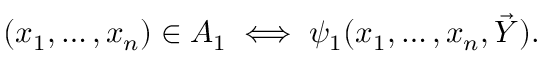
\begin{array} { r l } { \quad } & { { } ( x _ { 1 } , \ldots , x _ { n } ) \in A _ { 1 } \iff \psi _ { 1 } ( x _ { 1 } , \ldots , x _ { n } , { \vec { Y } } ) . } \end{array}